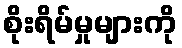
စိုးရိမ်မှုများကို